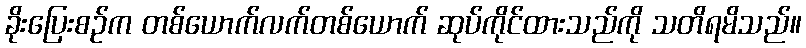
ခိုးပြေးစဉ်က တစ်ယောက်လက်တစ်ယောက် ဆုပ်ကိုင်ထားသည်ကို သတိရမိသည်။